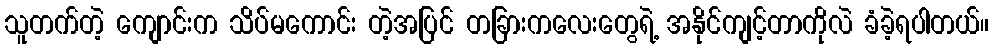
သူတက်တဲ့ ကျောင်းက သိပ်မကောင်း တဲ့အပြင် တခြားကလေးတွေရဲ့ အနိုင်ကျင့်တာကိုလဲ ခံခဲ့ရပါတယ်။